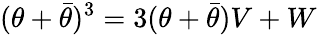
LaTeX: ({\theta}+\bar{\theta})^{3}=3({\theta}+\bar{\theta})V+W